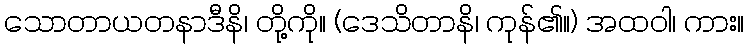
သောတာယတနာဒီနိ၊ တို့ကို။ (ဒေသိတာနိ၊ ကုန်၏။) အထဝါ၊ ကား။